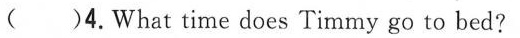
( ） 4.What time does Timmy go to bed?